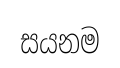
සයනම